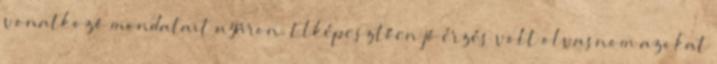
vonatkozó mondatait nyáron. Elképesztően jó érzés volt olvasnom azokat